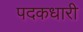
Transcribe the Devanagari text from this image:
पदकधारी